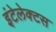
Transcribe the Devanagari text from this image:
इंटेलेक्टस